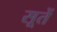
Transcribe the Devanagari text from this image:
सूतें